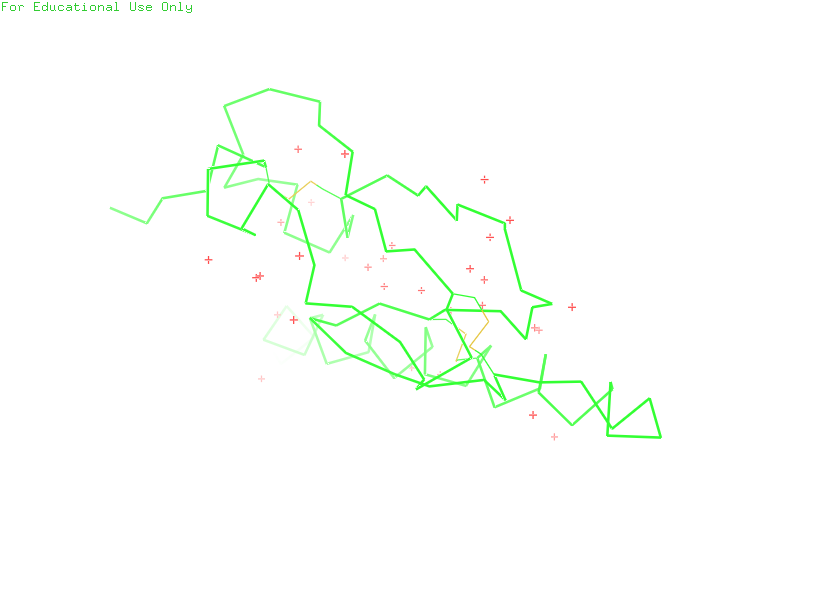
pymol, preset, simple